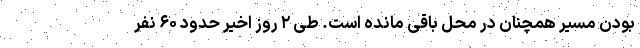
بودن مسیر همچنان در محل باقی مانده است. طی ۲ روز اخیر حدود ۶۰ نفر